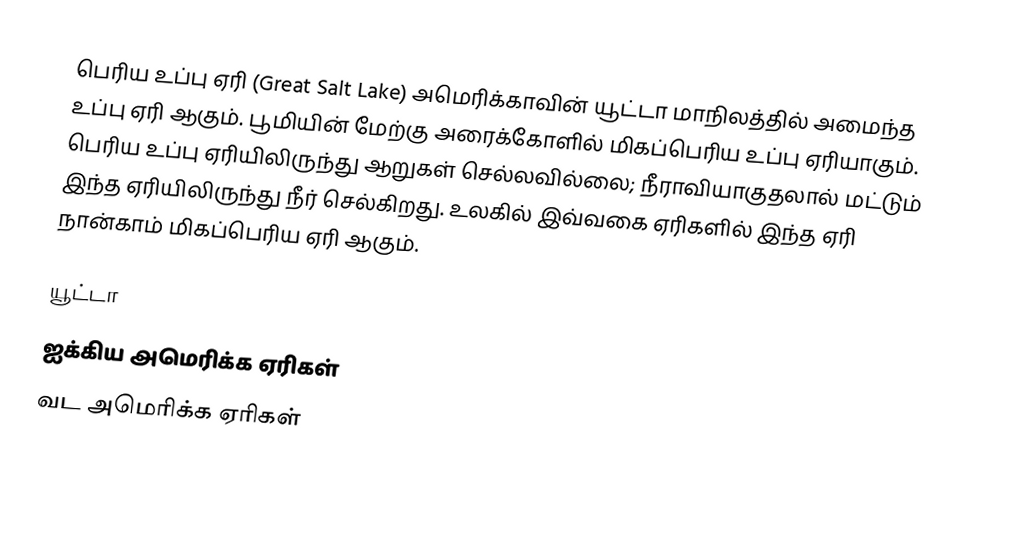
பெரிய உப்பு ஏரி (Great Salt Lake) அமெரிக்காவின் யூட்டா மாநிலத்தில் அமைந்த உப்பு ஏரி ஆகும். பூமியின் மேற்கு அரைக்கோளில் மிகப்பெரிய உப்பு ஏரியாகும். பெரிய உப்பு ஏரியிலிருந்து ஆறுகள் செல்லவில்லை; நீராவியாகுதலால் மட்டும் இந்த ஏரியிலிருந்து நீர் செல்கிறது. உலகில் இவ்வகை ஏரிகளில் இந்த ஏரி நான்காம் மிகப்பெரிய ஏரி ஆகும்.

யூட்டா
ஐக்கிய அமெரிக்க ஏரிகள்
வட அமெரிக்க ஏரிகள்